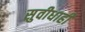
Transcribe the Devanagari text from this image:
सुवीधाही